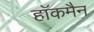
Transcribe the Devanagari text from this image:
हाॅकमैन